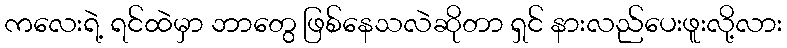
ကလေးရဲ့ ရင်ထဲမှာ ဘာတွေ ဖြစ်နေသလဲဆိုတာ ရှင် နားလည်ပေးဖူးလို့လား